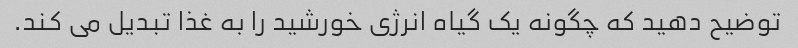
توضیح دهید که چگونه یک گیاه انرژی خورشید را به غذا تبدیل می کند.